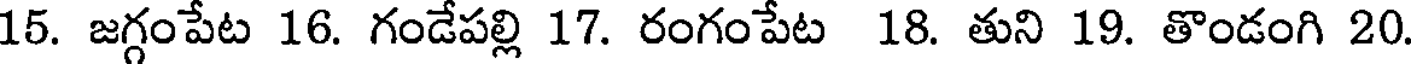
15. జగ్గంపేట 16. గండేపల్లి 17. రంగంపేట 18. తుని 19. తొండంగి 20